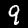
Digit: 9